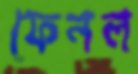
ফেনল